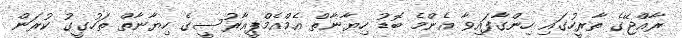
ރާއްޖޭގެ ތާރީހުގައި ހިންގާފައިވާ އެންމެ ބޮޑު ހިޔާނާތް އެމްއެމްޕީއާރުސީގެ ހިޔާނާތް ތަހުގީގު ކުރަން